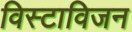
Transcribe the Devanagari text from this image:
विस्टाविजन